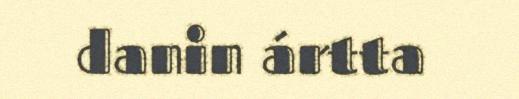
danin ártta